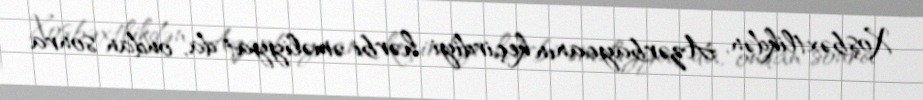
Xoşbəxtlikdən, Azərbaycanın keçirdiyi hərbi əməliyyat da, ondan sonra